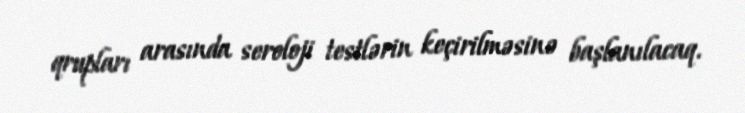
qrupları arasında seroloji testlərin keçirilməsinə başlanılacaq.